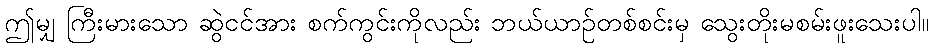
ဤမျှ ကြီးမားသော ဆွဲငင်အား စက်ကွင်းကိုလည်း ဘယ်ယာဉ်တစ်စင်းမှ သွေးတိုးမစမ်းဖူးသေးပါ။